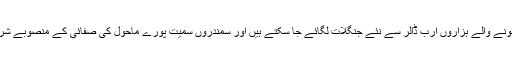
انسانی تباہی پر صرف ہونے والے ہزاروں ارب ڈالر سے نئے جنگلات لگائے جا سکتے ہیں اور سمندروں سمیت پورے ماحول کی صفائی کے منصوبے شروع کئے جا سکتے ہیں۔